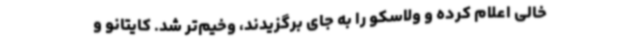
خالی اعلام کرده و ولاسکو را به جای برگزیدند، وخیم‌تر شد. کایتانو و